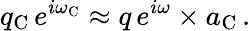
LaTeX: q_{\mathrm{C}}\, e^{i\omega_{\mathrm{C}}}\approx q\, e^{i\omega}\times a_{\mathrm{C}}\, .